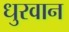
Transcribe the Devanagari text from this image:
धुरवान